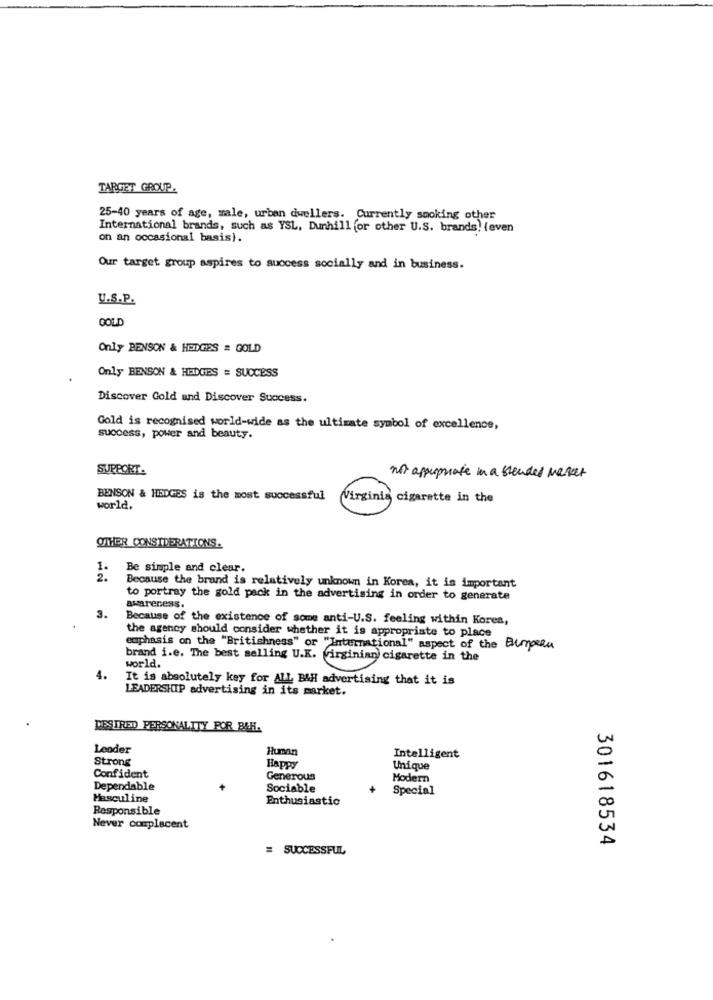
TARGET GROUP.
25-40 years of age, male, urban dwellers. Currently smoking other
International brands, such as YSL, Dunhill for other U.S. brands. (even
on an occasional basis).
Our target group aspires to success socially and in business.
U.S.P.
GOLD
Only BENSON & HEDGES # GOLD
Only BENSON & HEDGES = SUCCESS
Discover Gold and Discover Success.
Gold is recognised world-wide as the ultimate symbol of excellence,
success, power and beauty.
SUPPORT-
not appropriate in a slender market
BENSON & HEDGES is the most successful
Virginis cigarette in the
world.
OTHER CONSIDERATIONS.
Be simple and clear.
2.
Because the brand is relatively unknown in Korea, it is important
to portray the gold pack in the advertising in order to generate
3.
awareness.
Because of the existence of some anti-U.S. feeling within Kores,
the agency should consider whether it is appropriate to place
emphasis on the "Britishness" or "International" aspect of the Burgeru
brand i.e. The best selling U.K. virginian cigarette in the
world.
4.
It is absolutely key for ALL B&H advertising that it is
LEADERSHIP advertising in its parket.
DESIRED PERSONALITY POR B&H.
Leader
Human
Strong
Intelligent
Happy
Unique
Confident
Generous
Modern
Dependable
Sociable
Special
Masculine
Enthusiastic
Responsible
Never complacent
= SUCCESSFUL
301618534